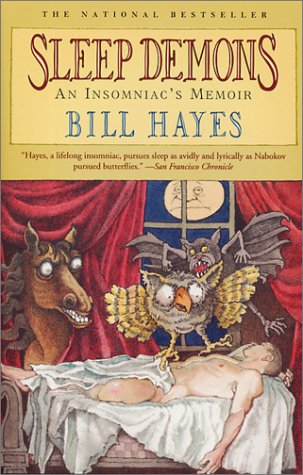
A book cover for Sleep Demons: An Insomniac's Memoir; Bill Hayes; Medical Books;